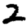
Digit: 2